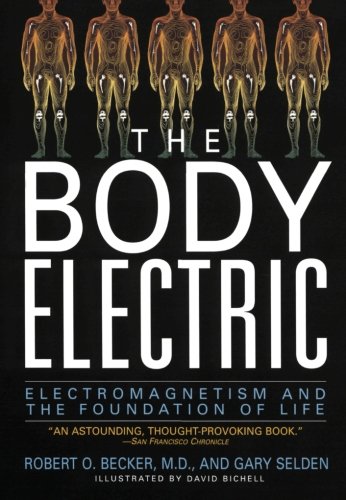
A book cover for The Body Electric: Electromagnetism And The Foundation Of Life; Robert Becker; Engineering & Transportation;